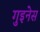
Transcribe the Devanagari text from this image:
गुइनेस